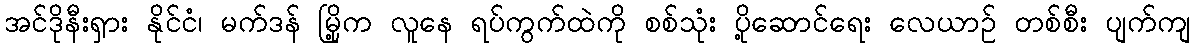
အင်ဒိုနီးရှား နိုင်ငံ၊ မက်ဒန် မြို့က လူနေ ရပ်ကွက်ထဲကို စစ်သုံး ပို့ဆောင်ရေး လေယာဉ် တစ်စီး ပျက်ကျ